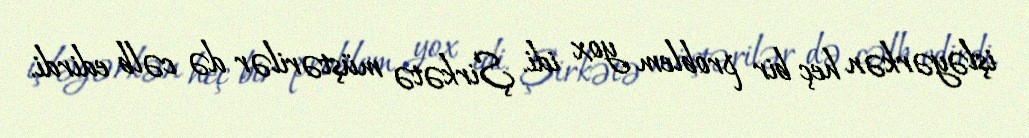
işləyərkən heç bir problem yox idi. Şirkətə müştərilər də cəlb edirdi.